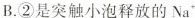
B.②是突触小泡释放的Na^{+}